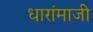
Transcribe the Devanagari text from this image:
धारांमाजी